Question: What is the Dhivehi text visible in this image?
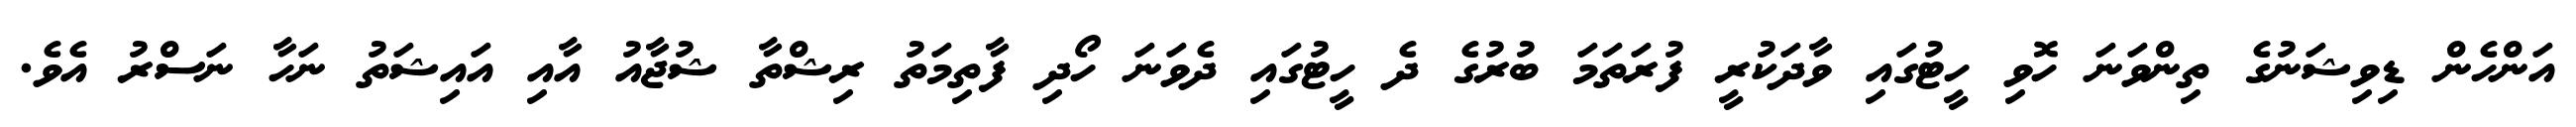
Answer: އަންހެން ޑިވިޝަނުގެ ތިންވަނަ ހޮވި ހީޓުގައި ވާދަކުރީ ފުރަތަމަ ބުރުގެ ދެ ހީޓުގައި ދެވަނަ ހޯދި ފާތިމަތު ރިޝްތާ ޝުޖާއު އާއި އައިޝަތު ނަހާ ނަސްރު އެވެ.